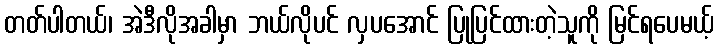
တတ်ပါတယ်၊ အဲဒီလိုအခါမှာ ဘယ်လိုပင် လှပအောင် ပြုပြင်ထားတဲ့သူကို မြင်ရပေမယ့်